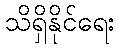
သိရှိနိုင်ရေး